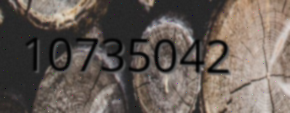
10735042